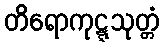
တိရောကုဋ္ဋသုတ္တံ